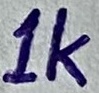
Text: 1K